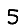
Digit: 5